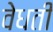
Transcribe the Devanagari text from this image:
वेधती